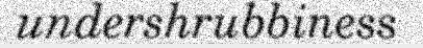
undershrubbiness